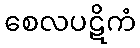
စေလပဋိကံ